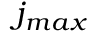
j _ { m a x }